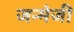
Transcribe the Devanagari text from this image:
जन्मेजी